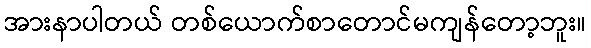
အားနာပါတယ် တစ်ယောက်စာတောင်မကျန်တော့ဘူး။